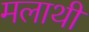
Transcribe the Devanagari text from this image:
मलाथी